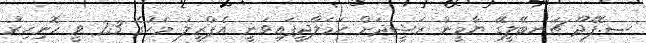
ސ.ފޭދޫ ޗަނބޭލީގޭ ޔާމީން ރަޝީދަށް ހަމަލާދީފައިވަނީ އެޕްރީލު މަހުގެ 23 ވީ ހޮނިހިރު